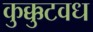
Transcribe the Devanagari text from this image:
कुक्कुटवध